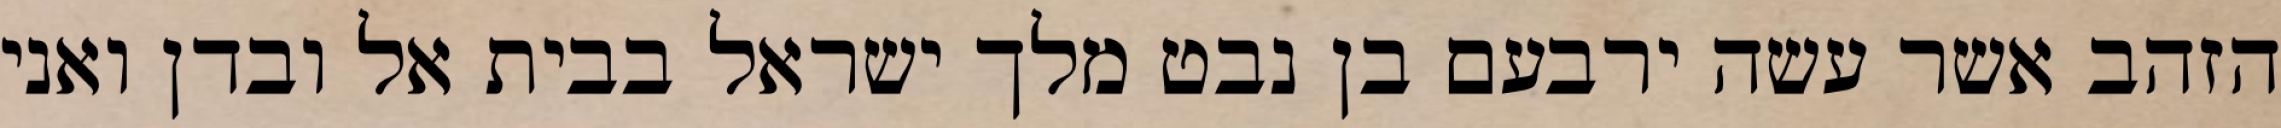
הזהב אשר עשה ירבעם בן נבט מלך ישראל בבית אל ובדן ואני